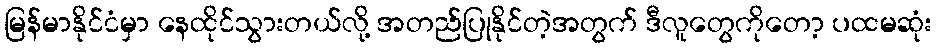
မြန်မာနိုင်ငံမှာ နေထိုင်သွားတယ်လို့ အတည်ပြုနိုင်တဲ့အတွက် ဒီလူတွေကိုတော့ ပထမဆုံး